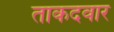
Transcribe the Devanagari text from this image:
ताकदवार